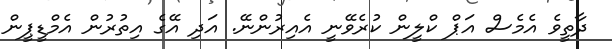
ދާތީވެ އެމެސް އަޕް ކްލީން ކުރެވޭނީ އެއިރުންނޭ. އަދި އޭގެ އިތުރުން އެމްޑީޕީން